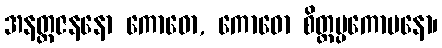
အနတ္ထဇနနော ကောဓော, ကောဓော စိတ္တပ္ပကောပနော၊